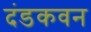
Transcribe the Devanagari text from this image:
दंडकवन